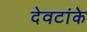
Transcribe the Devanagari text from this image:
देवटांके